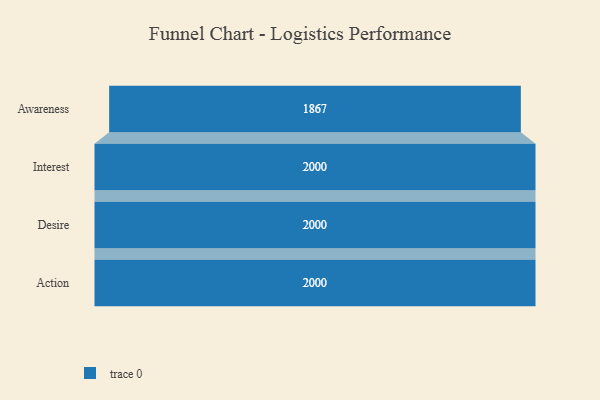
{"axis": {"x": "Stage", "y": "Value"}, "legend": [""], "data": [{"x": "Awareness", "y": 1867.0, "type": ""}, {"x": "Interest", "y": 2000, "type": ""}, {"x": "Desire", "y": 2000, "type": ""}, {"x": "Action", "y": 2000, "type": ""}]}